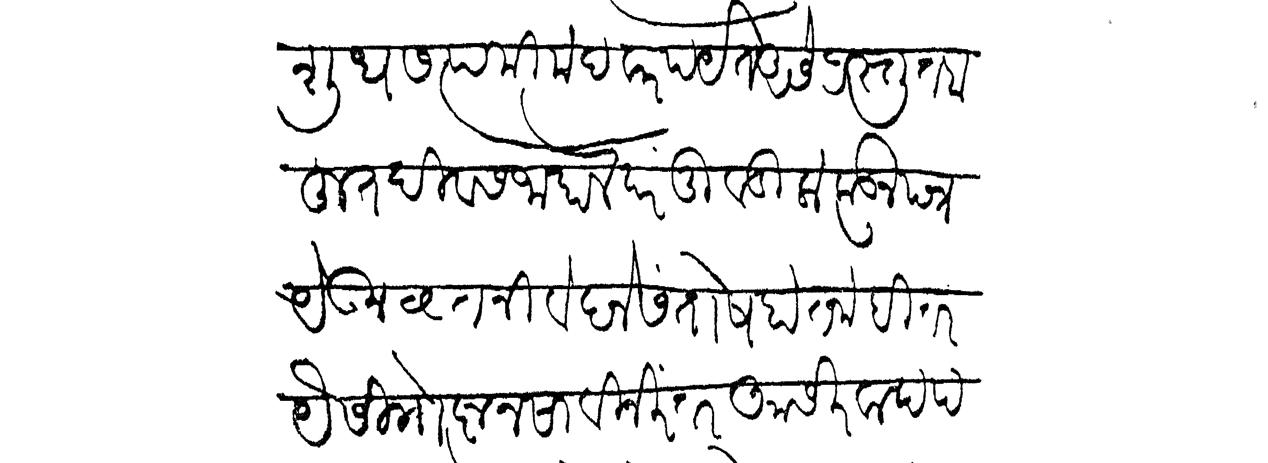
Transliteration (Devanagari): शुध सप्तमी मंदवारपर्यंत असे प्रस्तुत बहुत दिवस जाहाले परंतु वडिलाकडून पत्र येऊन वृत्त निवेदने संतोष होत नाही तर यैसी गोष्ट नसावी निरंतर आसीरवाद प